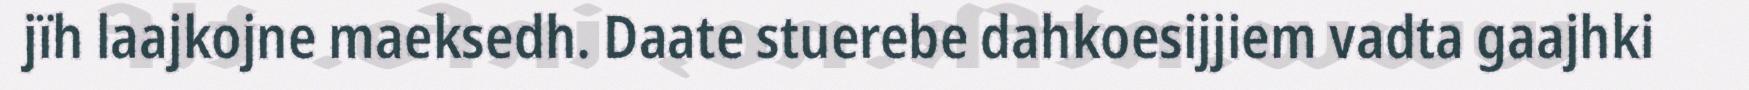
jïh laajkojne maeksedh. Daate stuerebe dahkoesijjiem vadta gaajhki